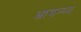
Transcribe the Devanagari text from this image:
आमन्त्र्य